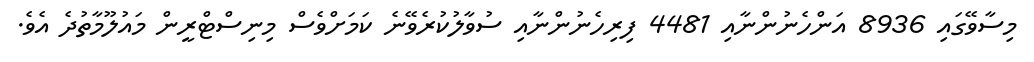
މިސާވޭގައި 8936 އަންހެނުންނާއި 4481 ފިރިހެނުންނާއި ސުވާލުކުރެވޭނެ ކަމަށްވެސް މިނިސްޓްރީން މައުލޫމާތުދެ އެވެ.